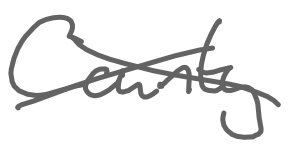
Text: County
Cross-out: cross
Writing tool: digital_gray